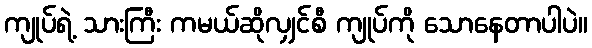
ကျုပ်ရဲ့ သားကြီး ကမယ်ဆိုလျှင်စီ ကျုပ်ကို သောနေတာပါပဲ။